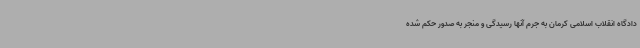
دادگاه انقلاب اسلامی کرمان به جرم آنها رسیدگی و منجر به صدور حکم شده